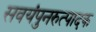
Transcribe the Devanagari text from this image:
सवयंपुनरुत्पादक